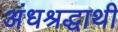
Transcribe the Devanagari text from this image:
अंधश्रद्धाथी